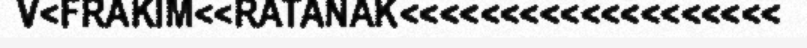
V<FRAKIM<<RATANAK<<<<<<<<<<<<<<<<<<<